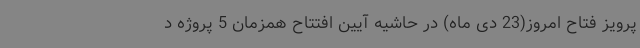
پرویز فتاح امروز(23 دی ماه) در حاشیه آیین افتتاح همزمان 5 پروژه د